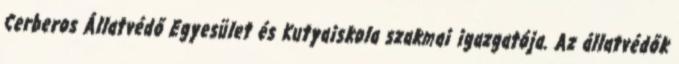
Cerberos Állatvédő Egyesület és Kutyaiskola szakmai igazgatója. Az állatvédők